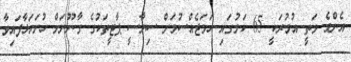
އެންމެ މަތީ އުމުރަކީ 65 ކަމުގައި ހަމަޖެއްސުމަށް ސިޔާސީ ޕާޓީތަކުގެ ގާނޫނަށް ހުށަހަޅާފައިވާ